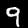
Digit: 9